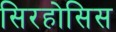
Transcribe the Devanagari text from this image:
सिरहोसिस